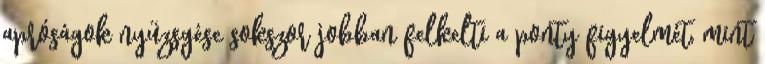
apróságok nyüzsgése sokszor jobban felkelti a ponty figyelmét, mint